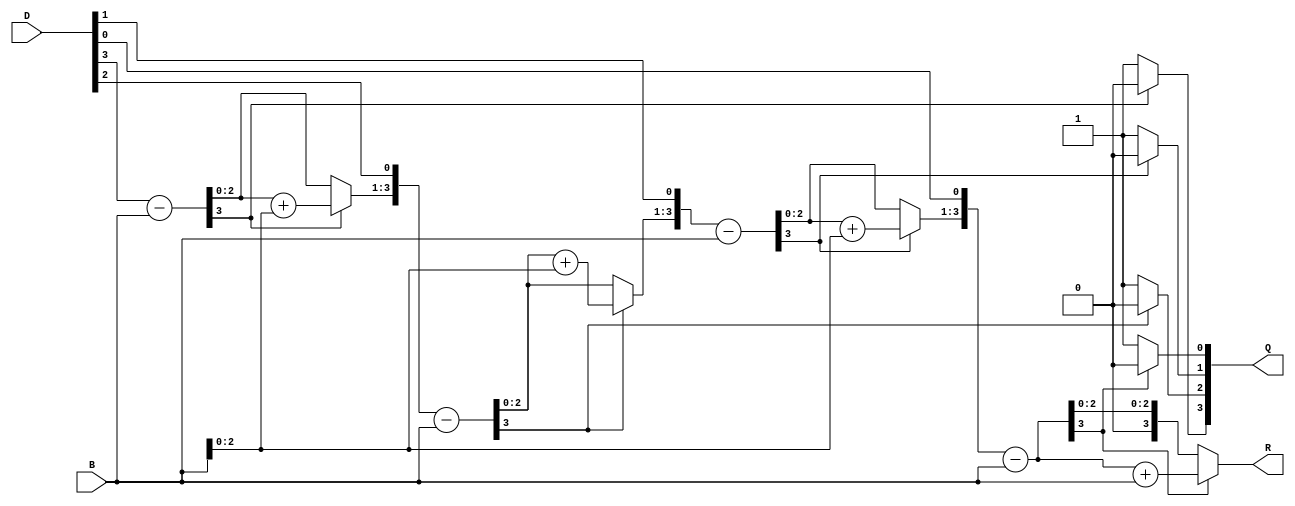
// Division Booth Algorithm

module Division #(parameter N = 4)(
		input [N-1:0] B,D,
		output reg [0:N-1] Q,R
);

/*
	D-> Dividend
	B-> Divisor
*/

reg [2*N-1:0]temp;
integer i;

always@(B,D)begin
	temp = {{N{1'b0}},D};
	for(i = 0; i < N; i=i+1)begin
		temp = temp << 1;
		temp[2*N-1:N] = temp[2*N-1:N] - B;
		
		if(temp[2*N-1])begin
			Q[i] = 1'b0;
			temp[2*N-1:N] = temp[2*N-1:N] + B;
		end
		else Q[i] = 1'b1;
	end
	R = temp[2*N-1:N];
end
endmodule